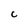
Character: C